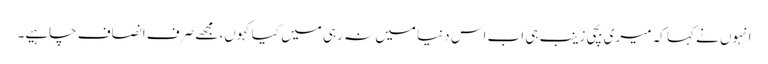
انہوں نے کہا کہ میری بچی زینب ہی اب اس دنیا میں نہ رہی میں کیا کہوں، مجھے صرف انصاف چاہیے۔